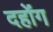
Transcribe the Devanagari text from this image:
दहोंग